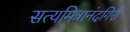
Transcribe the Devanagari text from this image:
सत्यमित्रानंदगिरी